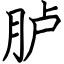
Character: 胪